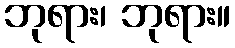
ဘုရား၊ ဘုရား။